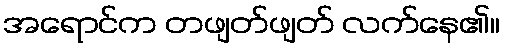
အရောင်က တဖျတ်ဖျတ် လက်နေ၏။